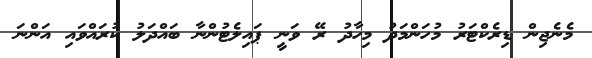
މެނެޖިން ޑިރެކްޓަރު މުހަންމަދު މިހާދު ރޭ ވަނީ ޕައިލެޓުންނާ ބައްދަލު ކުރައްވައި އަންނަ